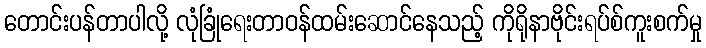
တောင်းပန်တာပါလို့ လုံခြုံရေးတာဝန်ထမ်းဆောင်နေသည့် ကိုရိုနာဗိုင်းရပ်စ်ကူးစက်မှု